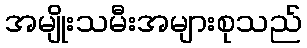
အမျိုးသမီးအများစုသည်